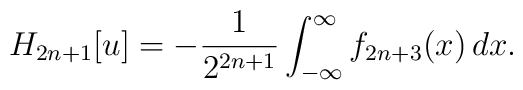
H_{2n+1}[u]=-{1\over{2^{2n+1}}}\int_{-\infty}^{\infty} f_{2n+3}(x)\, dx.